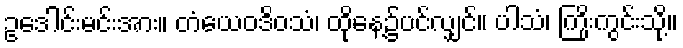
ဥဒေါင်းမင်းအား။ တံယေဝဒိဝသံ၊ ထိုနေ့၌ပင်လျှင်။ ပါသံ၊ ကြိုးကွင်းသို့။